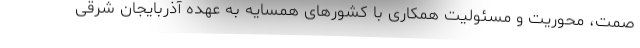
صمت، محوریت و مسئولیت همکاری با کشورهای همسایه به عهده آذربایجان شرقی